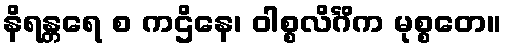
နိရန္တရေ စ ကဌိနေ၊ ဝါစ္စလိင်္ဂိက မုစ္စတေ။